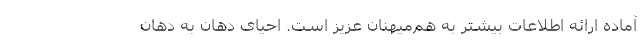
آماده‌ ارائه اطلاعات بیشتر به هم‌میهنان عزیز است. احیای دهان به دهان